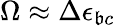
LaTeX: \Omega\approx\Delta\epsilon_{\mathfrak{b}c}